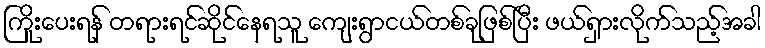
ကြိုးပေးရန် တရားရင်ဆိုင်နေရသူ ကျေးရွာငယ်တစ်ခုဖြစ်ပြီး ဖယ်ရှားလိုက်သည့်အခါ